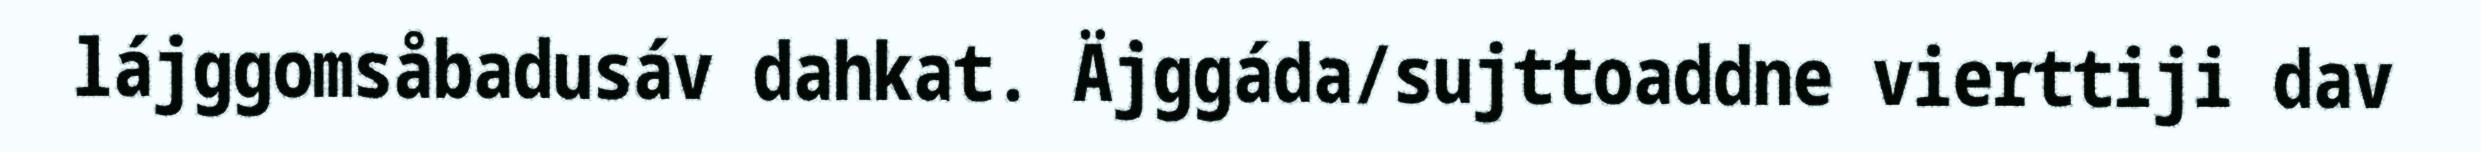
lájggomsåbadusáv dahkat. Äjggáda/sujttoaddne vierttiji dav